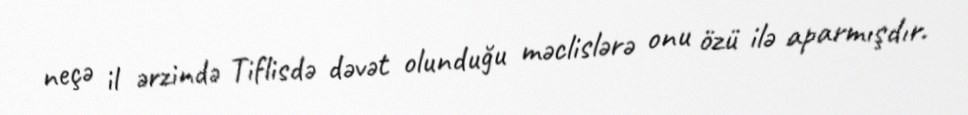
neçə il ərzində Tiflisdə dəvət olunduğu məclislərə onu özü ilə aparmışdır.